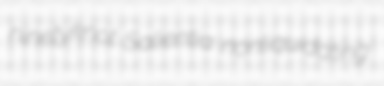
ninetyknot Salientia nonliquidating